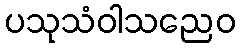
ပသုသံဝါသညေဝ